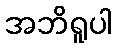
အဘိရူပါ